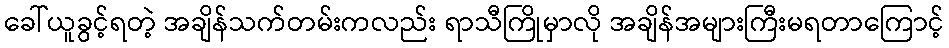
ခေါ်ယူခွင့်ရတဲ့ အချိန်သက်တမ်းကလည်း ရာသီကြိုမှာလို အချိန်အများကြီးမရတာကြောင့်